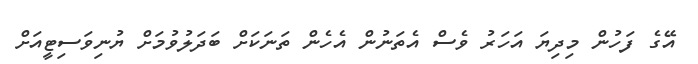
އޭގެ ފަހުން މިދިޔަ އަހަރު ވެސް އެތަނުން އެހެން ތަނަކަށް ބަދަލުވުމަށް ޔުނިވަސިޓީއަށް